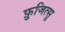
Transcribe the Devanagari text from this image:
फ़ुजित्सु